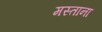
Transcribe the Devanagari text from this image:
मस्‍ताना